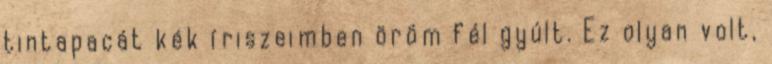
tintapacát kék íriszeimben öröm fél gyúlt. Ez olyan volt,